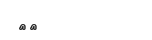
١٧